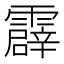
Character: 霹